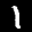
Label: 1